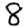
Digit: 8